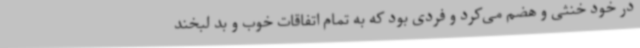
در خود خنثی و هضم می‌کرد و فردی بود که به تمام اتفاقات خوب و بد لبخند